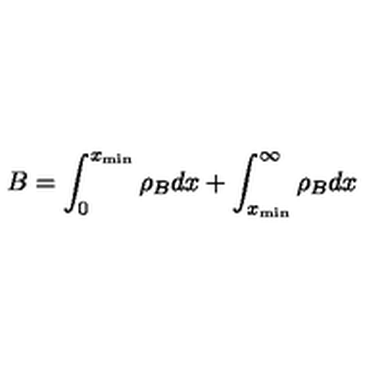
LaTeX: B = \int _ { 0 } ^ { x _ { \mathrm { m i n } } } \rho _ { B } d x + \int _ { x _ { \mathrm { m i n } } } ^ { \infty } \rho _ { B } d x \nonumber